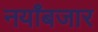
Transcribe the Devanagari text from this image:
नयाँबजार